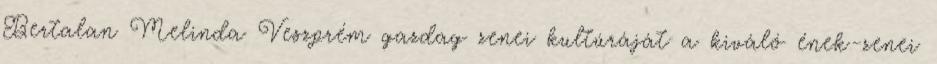
Bertalan Melinda Veszprém gazdag zenei kultúráját a kiváló ének-zenei